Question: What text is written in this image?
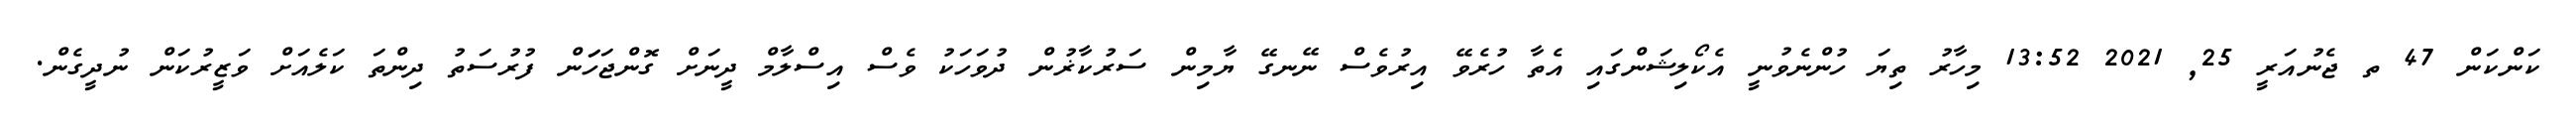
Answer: ކަންކަން 47 ތ ޖެނުއަރީ 25, 2021 13:52 މިހާރު ތިޔަ ހުންނެވުނީ އެކޯލިޝަންގައި އެތާ ހުރެވޭ އިރުވެސް ނޭނގޭ ޔާމިން ސަރުކާޜުން ދުވަހަކު ވެސް އިސްލާމް ދީނަށް ގޮންޖަހަަން ފުރުސަތު ދިންތަ ކަލެއަށް ވަޒީރުކަން ނުދީގެން.